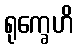
ရုက္ခေဟိ